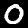
Label: 0